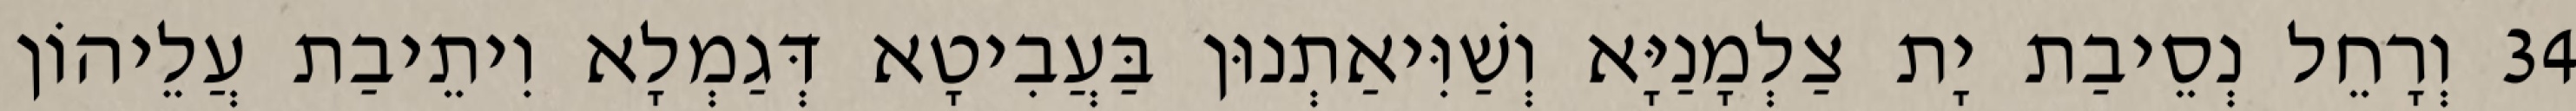
34 וְרָחֵל נְסֵיבַת יָת צַלְמָנַיָּא וְשַׁוִּיאַתְנוּן בַּעֲבִיטָא דְּגַמְלָא וִיתֵיבַת עֲלֵיהוֹן